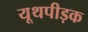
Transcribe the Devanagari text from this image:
यूथपीड़क